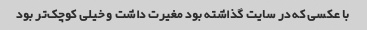
با عکسی که در سایت گذاشته بود مغیرت داشت و خیلی کوچک‌تر بود